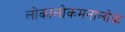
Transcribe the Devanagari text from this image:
लोकालोकमनालोकं